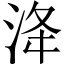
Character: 洚